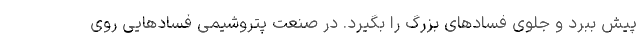
پیش ببرد و جلوی فسادهای بزرگ را بگیرد. در صنعت پتروشیمی فسادهایی روی